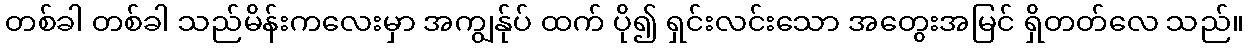
တစ်ခါ တစ်ခါ သည်မိန်းကလေးမှာ အကျွန်ုပ် ထက် ပို၍ ရှင်းလင်းသော အတွေးအမြင် ရှိတတ်လေ သည်။